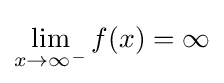
\lim _{x\to \infty ^{-}}{f(x)}=\infty